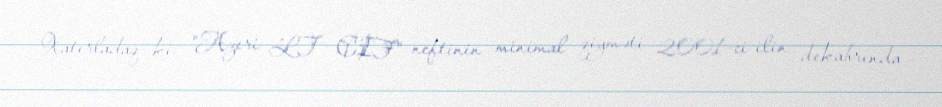
Xatırladaq ki, "Azeri LT CIF" neftinin minimal qiyməti 2001-ci ilin dekabrında